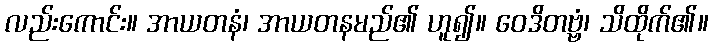
လည်းကောင်း။ အာယတနံ၊ အာယတနမည်၏ ဟူ၍။ ဝေဒိတဗ္ဗံ၊ သိထိုက်၏။